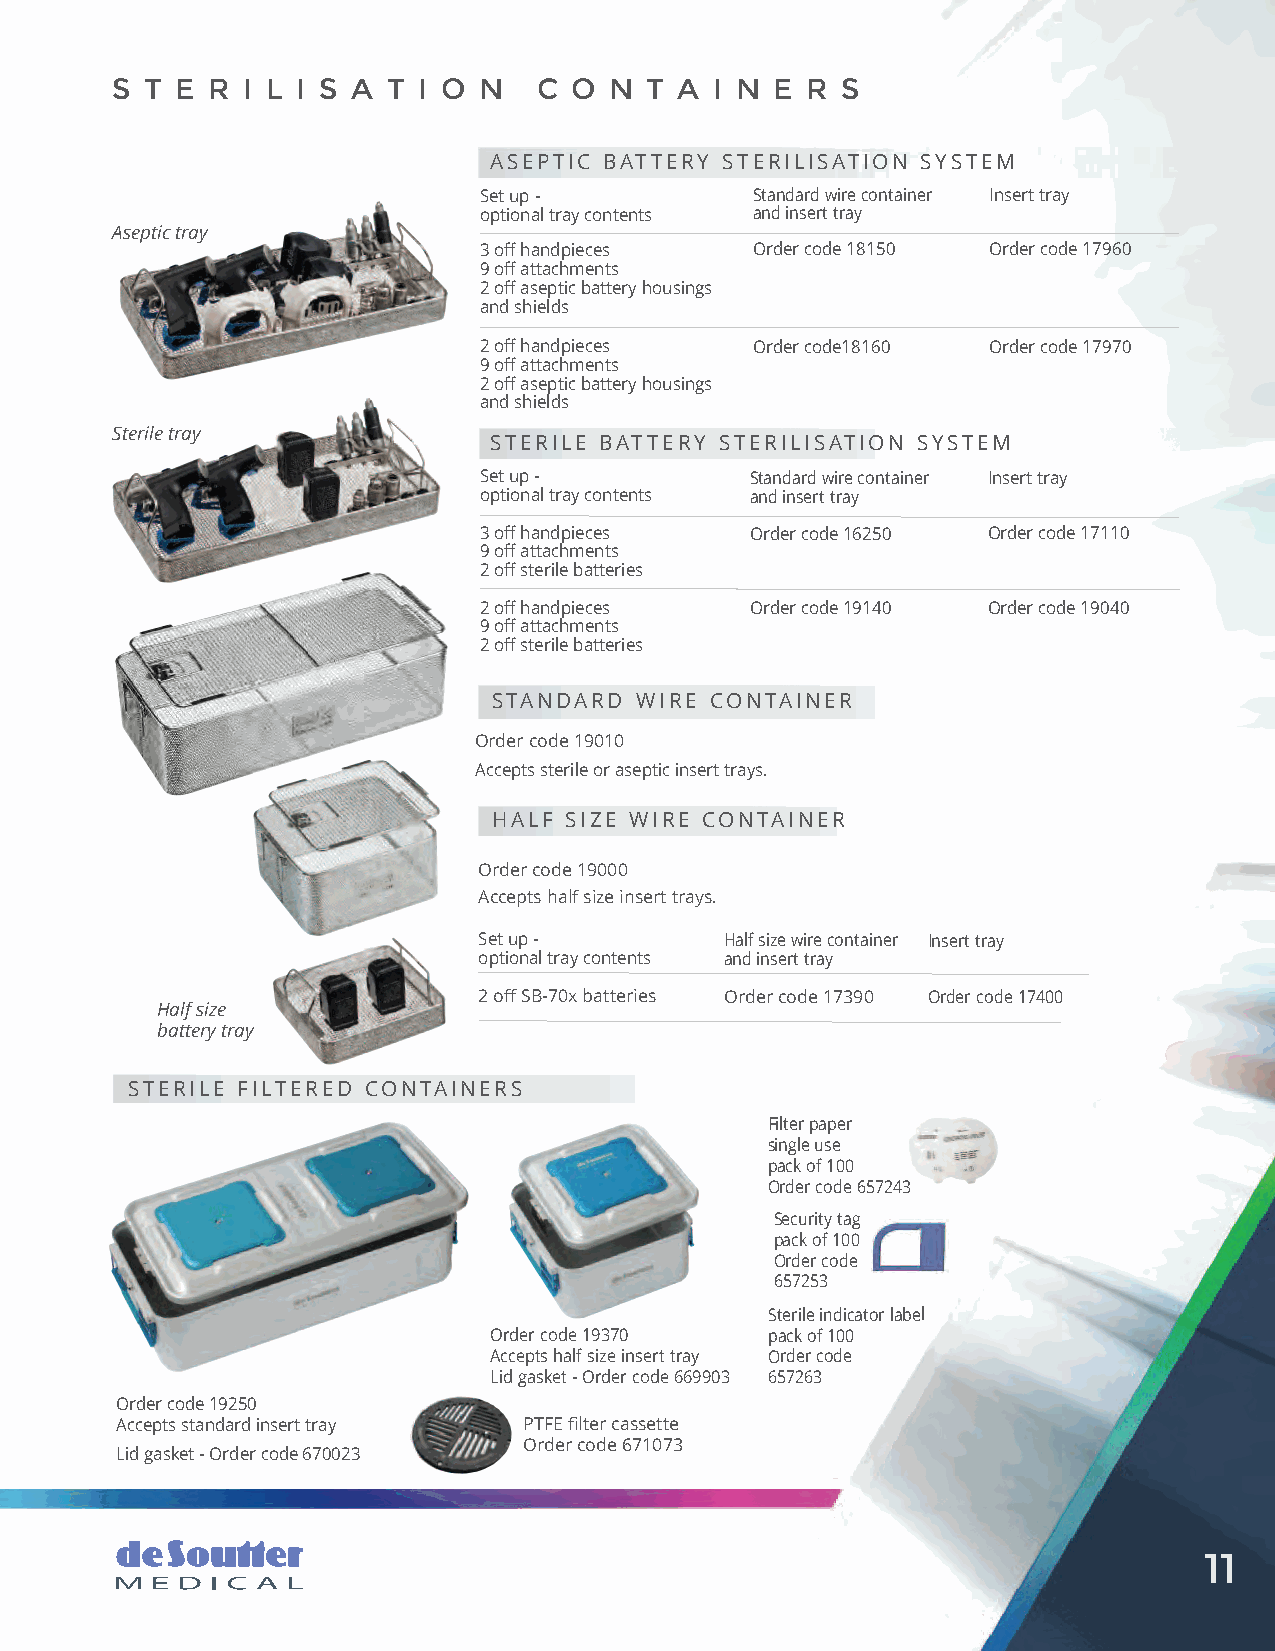
S  T E R I L I S A T I O N   C O N  T A I N E R  S
 ASEPTIC BATTERY STERILISATION SYSTEM
 Set up -          Standard wire container Insert tray
 optional tray contents and insert tray
 Aseptic tray
 3 off handpieces  Order code 18150 Order code 17960
 9 off attachments
 2 off aseptic battery housings
 and shields
 2 off handpieces  Order code18160 Order code 17970
 9 off attachments
 2 off aseptic battery housings
 and shields
 Sterile tray
 STERILE BATTERY STERILISATION SYSTEM
 Set up -          Standard wire container Insert tray
 optional tray contents and insert tray
 3 off handpieces  Order code 16250 Order code 17110
 9 off attachments
 2 off sterile batteries
 2 off handpieces  Order code 19140 Order code 19040
 9 off attachments
 2 off sterile batteries
 STANDARD WIRE CONTAINER
 Order code 19010
 Accepts sterile or aseptic insert trays.
 HALF SIZE WIRE CONTAINER
 Order code 19000
 Accepts half size insert trays.
 Set up -        Half size wire container Insert tray
 optional tray contents and insert tray
 2 off SB-70x batteries Order code 17390 Order code 17400
 Half size
 battery tray
 STERILE FILTERED CONTAINERS
 Filter paper
 single use
 pack of 100
 Order code 657243
 Security tag
 pack of 100
 Order code
 657253
 Sterile indicator label
 Order code 19370   pack of 100
 Accepts half size insert tray Order code
 Lid gasket - Order code 669903 657263
 Order code 19250
 Accepts standard insert tray PTFE filter cassette
 Order code 671073
 Lid gasket - Order code 670023
 11